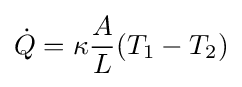
{\dot {Q}}=\kappa {\frac {A}{L}}(T_{1}-T_{2})